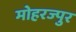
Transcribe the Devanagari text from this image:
मोहरज्पुर